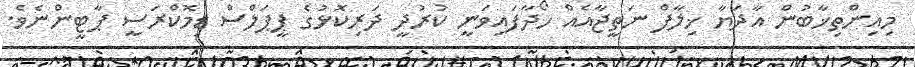
މިއިންތިޚާބުން އާދަޔާ ޚިލާފް ނަތީޖާއެއް ހޯދާފައިވަނީ ކުރުދީ ދަރިކޮޅުގެ ޕީޕަލްސް ޑިމޮކްރަސީ ޕާޓީންނެވެ.